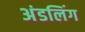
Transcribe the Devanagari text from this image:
अंडलिंग